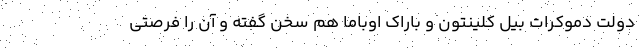
دولت دموکرات بیل کلینتون و باراک اوباما هم سخن گفته و آن را فرصتی